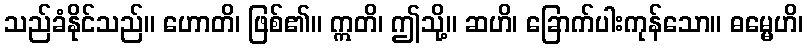
သည်ခံနိုင်သည်။ ဟောတိ၊ ဖြစ်၏။ ဣတိ၊ ဤသို့။ ဆဟိ၊ ခြောက်ပါးကုန်သော။ ဓမ္မေဟိ၊